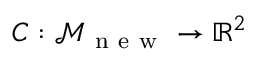
C : \mathcal { M } _ { \mathrm { ~ n ~ e ~ w ~ } } \to \mathbb { R } ^ { 2 }